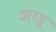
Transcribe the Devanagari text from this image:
जाउू